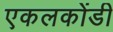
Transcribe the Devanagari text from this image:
एकलकोंडी